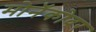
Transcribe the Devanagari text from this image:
मोनॅकोवर